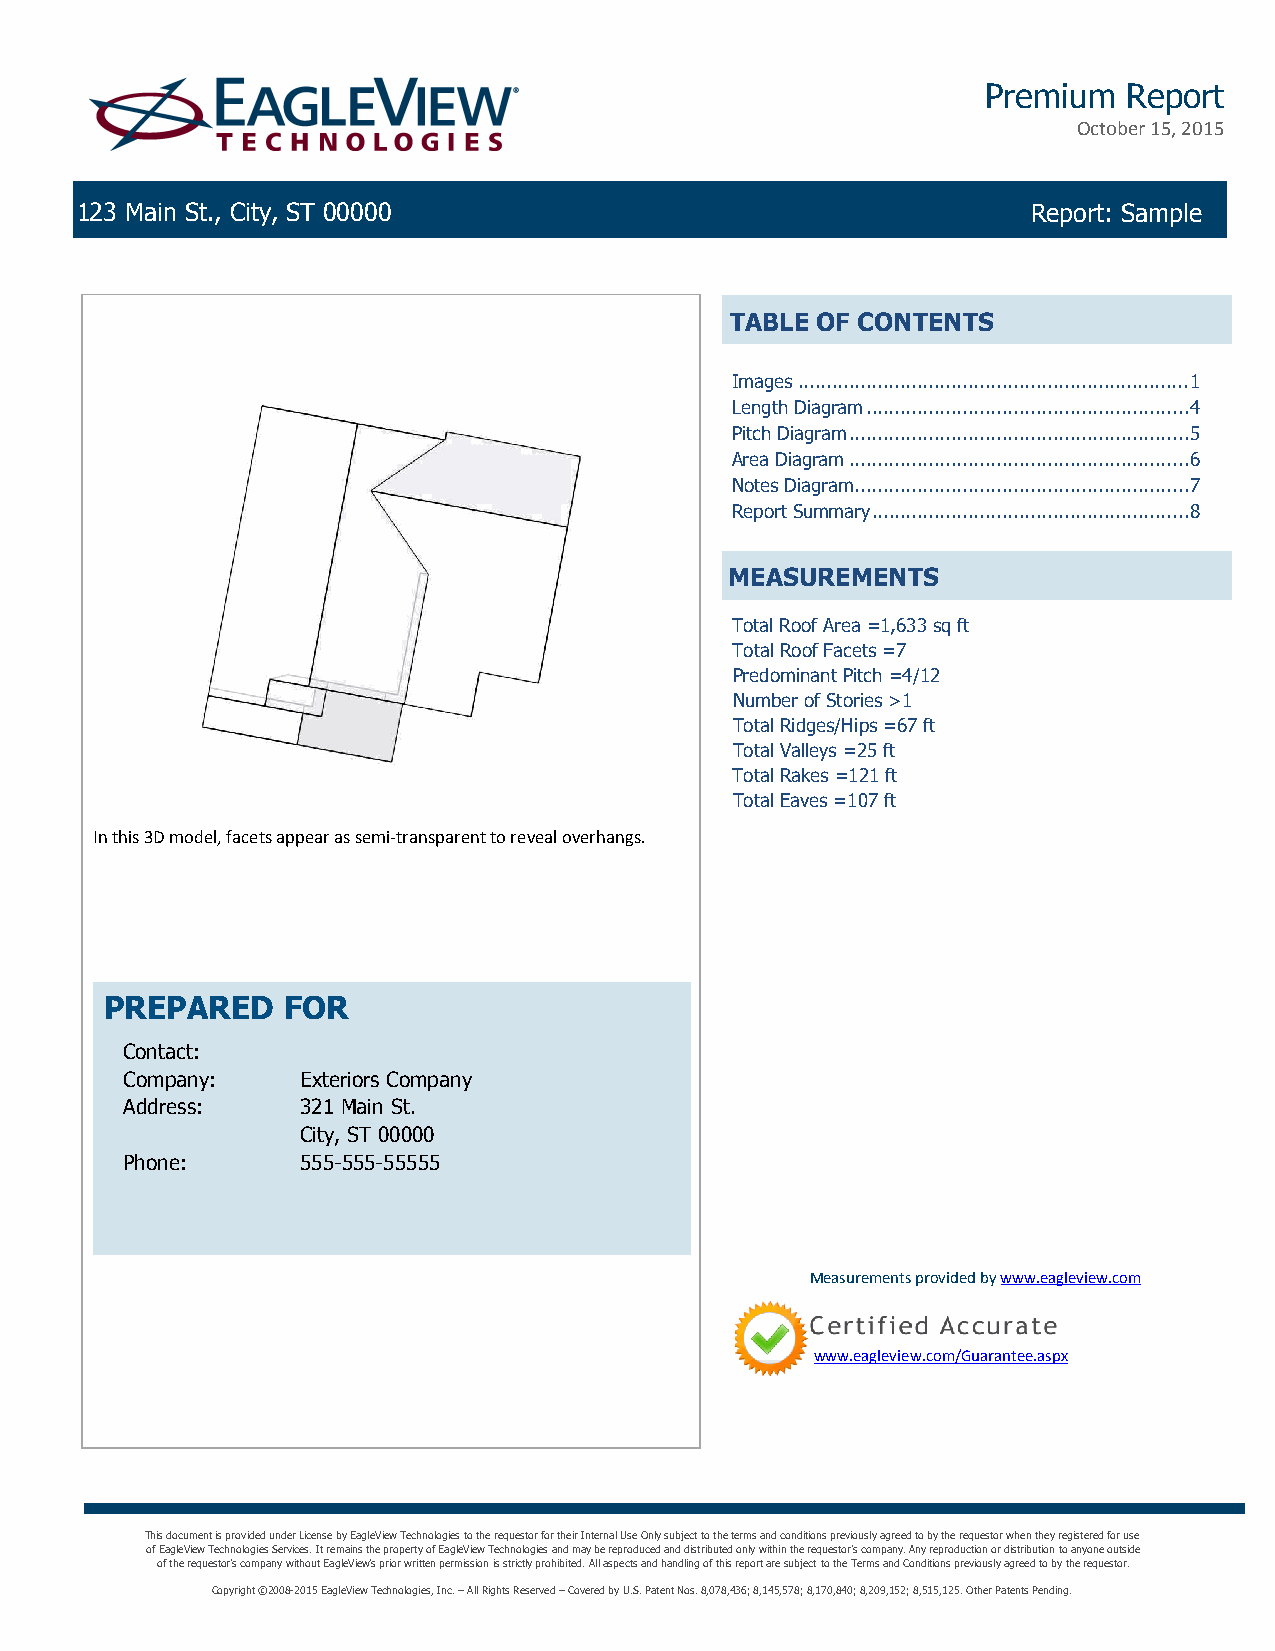
Premium   Report
 October 15, 2015
 123 Main St., City, ST 00000                                   Report: Sample
 TABLE OF CONTENTS
 Images.....................................................................1
 Length Diagram.........................................................4
 Pitch Diagram............................................................5
 Area Diagram............................................................6
 Notes Diagram...........................................................7
 Report Summary........................................................8
 MEASUREMENTS
 Total Roof Area =1,633 sq ft
 Total Roof Facets =7
 Predominant Pitch =4/12
 Number of Stories >1
 Total Ridges/Hips =67 ft
 Total Valleys =25 ft
 Total Rakes =121 ft
 Total Eaves =107 ft
 In this 3D model, facets appear as semi-transparent to reveal overhangs.
 PREPARED    FOR
 Contact:
 Company:    Exteriors Company
 Address:    321 Main St.
 City, ST 00000
 Phone:      555-555-55555
 Measurements provided by www.eagleview.com
 www.eagleview.com/Guarantee.aspx
 This document is provided under License by EagleView Technologies to the requestor for their Internal Use Only subject to the terms and conditions previously agreed to by the requestor when they registered for use
 of EagleView Technologies Services. It remains the property of EagleView Technologies and may be reproduced and distributed only within the requestor's company. Any reproduction or distribution to anyone outside
 of the requestor's company without EagleView's prior written permission is strictly prohibited. All aspects and handling of this report are subject to the Terms and Conditions previously agreed to by the requestor.
 Copyright ©2008-2015 EagleView Technologies, Inc. – All Rights Reserved – Covered by U.S. Patent Nos. 8,078,436; 8,145,578; 8,170,840; 8,209,152; 8,515,125. Other Patents Pending.